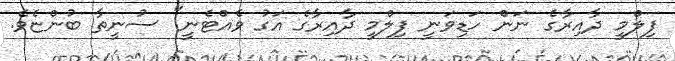
ފިލްމީ ދާއިރާގެ ނަން ހަޑިވަނީ ފިލްމީ ދާއިރާގެ އަގު ވެއްޓެނީ" ސުނީތާ ބުންޏެވެ.